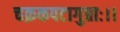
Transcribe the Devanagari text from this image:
चक्रकपटागुप्ताः।।